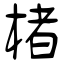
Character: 楮